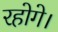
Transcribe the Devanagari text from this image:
रहोगे।